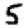
Digit: 5